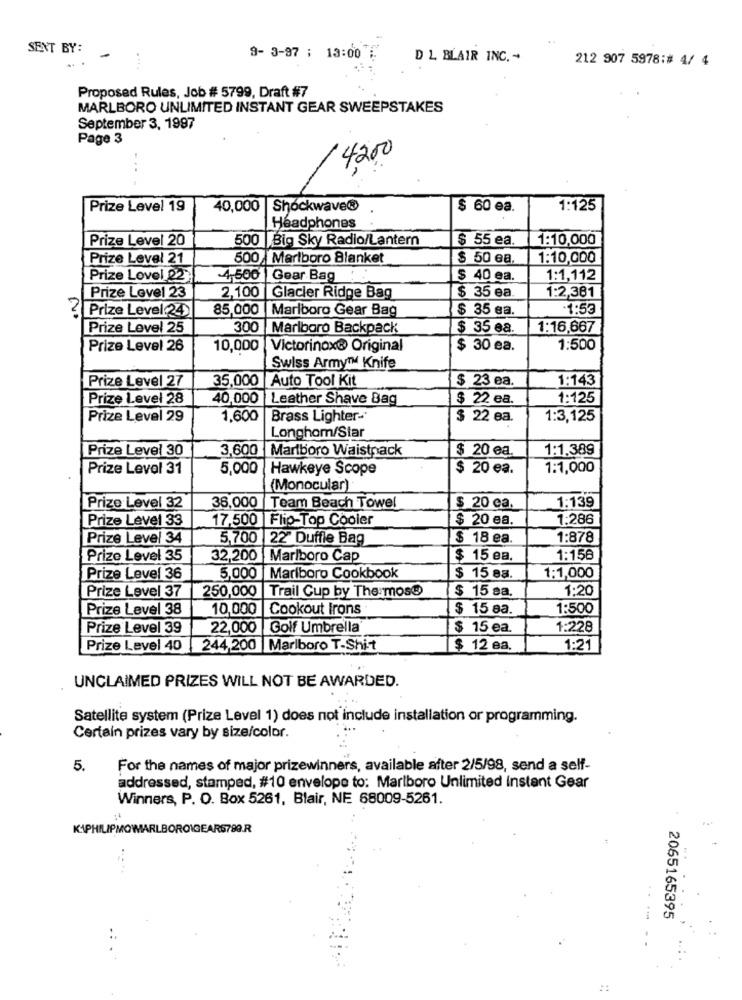
SENT BY:
9- 3-97 ; 13:00
D L BLAIR INC. -
212 907 5978:# 4/ 4
Proposed Rules, Job # 5799, Draft #7
MARLBORO UNLIMITED INSTANT GEAR SWEEPSTAKES
September 3, 1997
Page 3
4,200
Prize Level 19
40,000 Shockwave®
$ 60 ea.
1:125
Headphones
Prize Level 20
500 Big Sky Radio/Lantern
$ 55 ea.
1:10,000
Prize Level 21
500 Marlboro Blanket
$ 50 ea.
1:10,000
Prize Lovel 22
4.500 Gear Bag : .
$ 40 ea.
1:1,112
$ 35 ea
Prize Level 23
2,100 Glacier Ridge Bag
1:2,381
? Prize Level 24
85,000 |Marlboro Gear Bag
$ 35 ea.
-1:53
Prize Level 25
300 Marlboro Backpack
$ 35 e8.
1:16,667
Prize Level 26
10,000
Victorinox® Original
$ 30 ea.
1:500
Swiss Army™ Knife
Prize Level 27
35,000 Auto Tool Kit
$ 23 ea.
1:143
Prize Level 28
40,000
Leather Shave Bag
$ 22 ea.
1:125
Prize Level 29
1,600 Brass Lighter -*
$ 22 ea.
1:3,125
Longhom/Star
Prize Level 30
3,600 Marlboro Waistnack
$ 20 ea.
1:1,389
Prize Levol 31
5,000
Hawkeye Scope
$ 20 ea.
1:1,000
(Monocular)
1:139
Prize Level 32
36.000 Team Beach Towel
$ 20 ca.
Prize Level 33
17,500 Flip-Top Cooler
$ 20 ea.
1:286
Prize Level 34
5,700 |22" Duffle Bag
$ 18 ea.
1:878
Prize Level 35
32,200 Marlboro Cap
$ 15 ea.
1:156
Prize Level 36
5,000 Marlboro Cookbook
$ 15 ea.
1:1,000
250,000 |Trail Cup by The most
$ 15 sa.
1:20
Prize Level 37
Prize Level 38
10,000 |Cookout Irons
$ 15 ea.
1:500
Prize Level 39
22,000 Golf Umbrella
$ 15 ea.
1:228
Prize Level 40
244,200 Marlboro T-Shit
$ 12 ea.
1:21
UNCLAIMED PRIZES WILL NOT BE AWARDED.
Satellite system (Prize Level 1) does not include installation or programming.
Certain prizes vary by size/color.
5.
For the names of major prizewinners, available after 2/5/98, send a self-
addressed, stamped, #10 envelope to: Marlboro Unlimited Instant Gear
Winners, P. O. Box 5261, Blair, NE 68009-5261.
KAPHILIPMOWARLBORO\GEARS788.R
-
2065165395